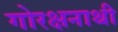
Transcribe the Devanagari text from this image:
गोरक्षनाथी